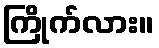
ကြိုက်လား။